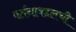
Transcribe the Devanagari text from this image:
वर्तनाबद्दलची